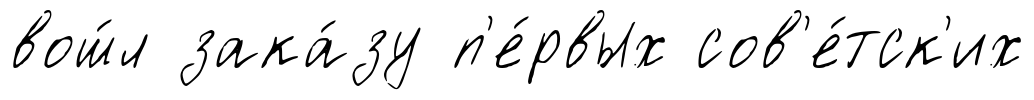
вош́л зака́зу п'е́рвых сов'е́тск'их